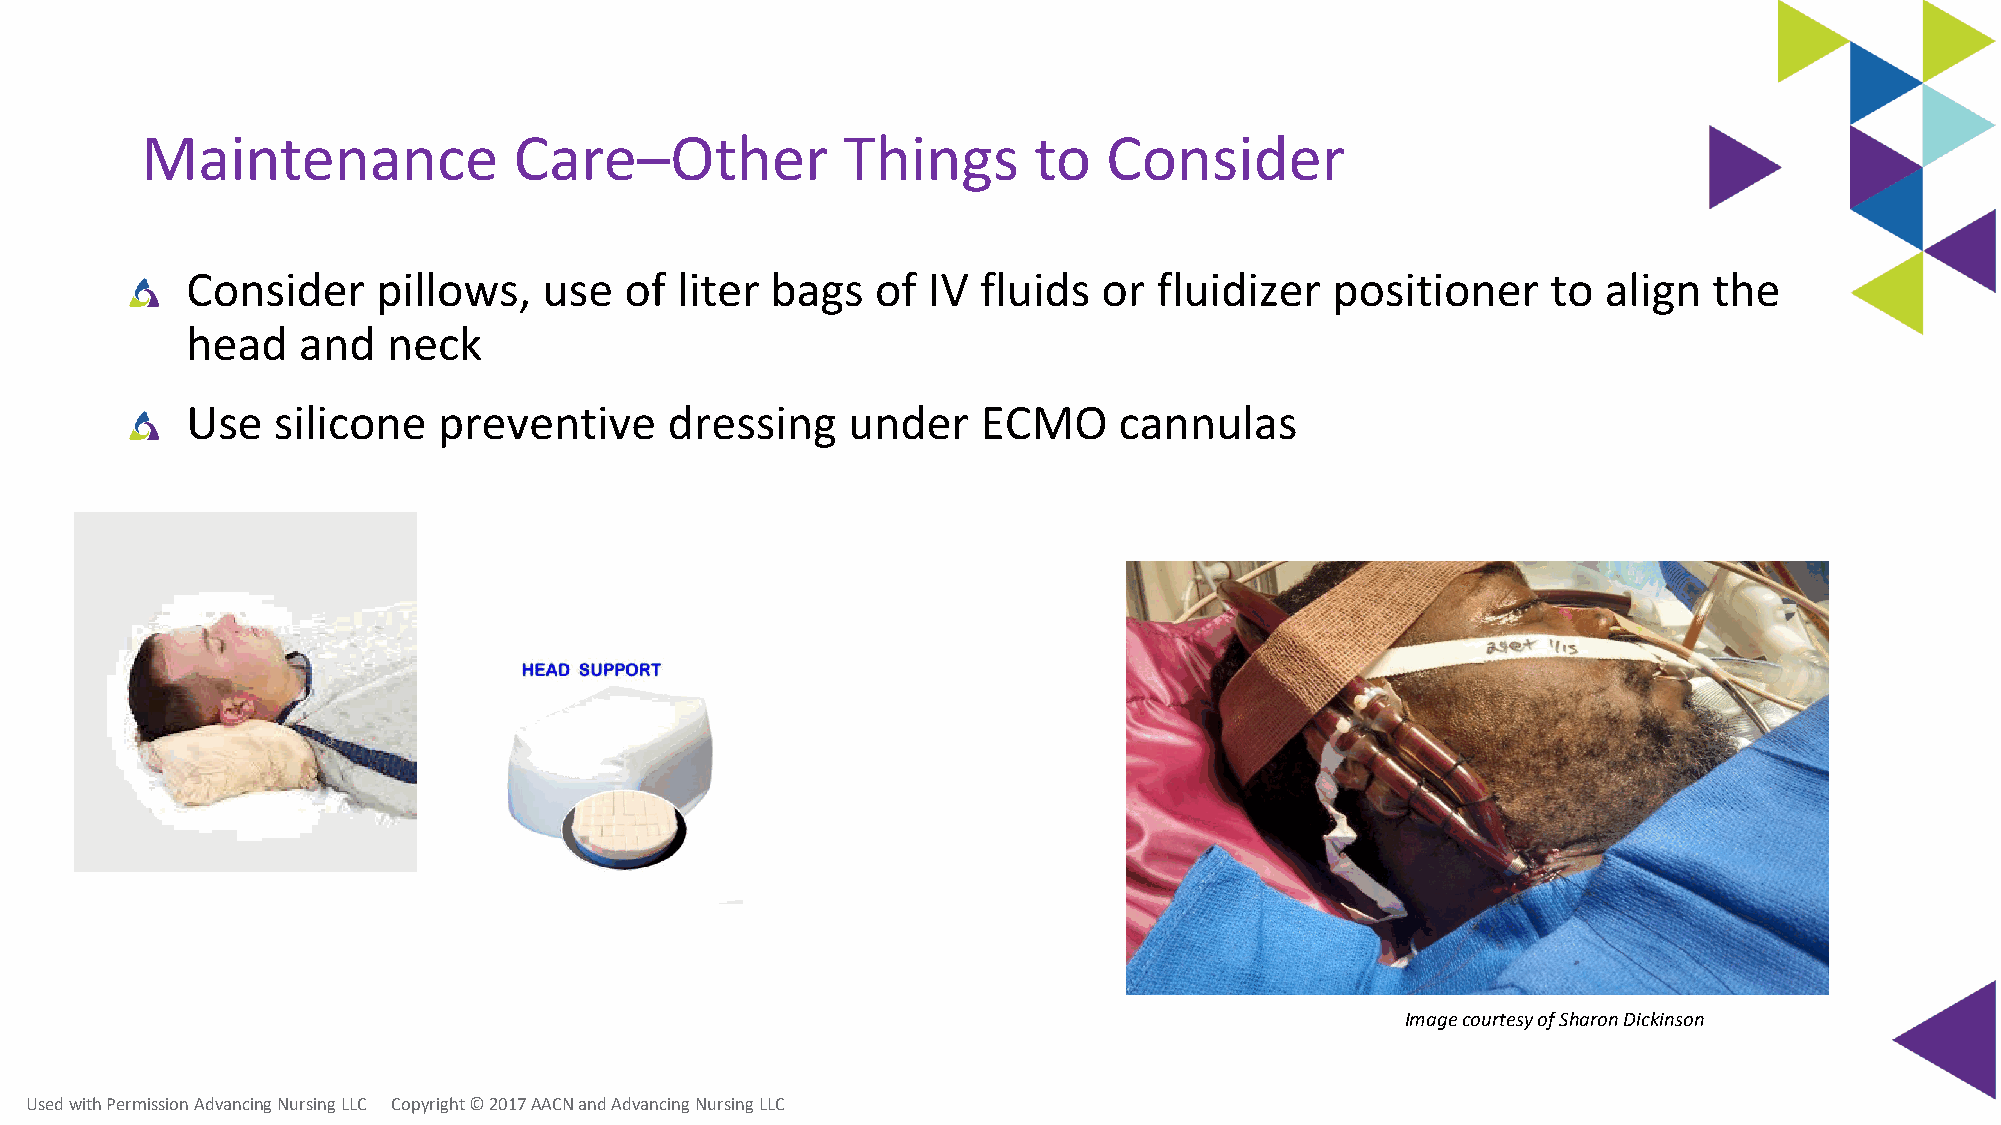
Maintenance              Care–Other            Things      to   Consider
 Consider     pillows,   use  of  liter bags   of IV  fluids  or  fluidizer  positioner     to align  the
 head    and   neck
 Use   silicone   preventive     dressing    under    ECMO     cannulas
 Image courtesy of Sharon Dickinson
 Used with Permission Advancing Nursing LLC Copyright © 2017 AACN and Advancing Nursing LLC